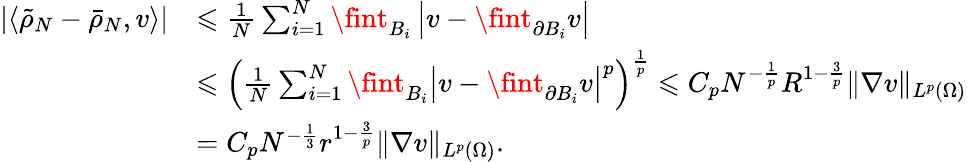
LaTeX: \begin{array}{rl}{|\langle\tilde{\rho}_{N}-\bar{\rho}_{N},v\rangle|}&{\leqslant\frac 1N\sum_{i=1}^{N}\fint_{B_{i}}\left|v-\fint_{\partial B_{i}}v\right|}\\ &{\leqslant\left(\frac 1N\sum_{i=1}^{N}\fint_{B_{i}}\left|v-\fint_{\partial B_{i}}v\right|^{p}\right)^{\frac 1p}\leqslant C_{p}N^{-\frac 1p}R^{1-\frac 3p}\| \nabla v\| _{L^{p}(\Omega)}}\\ &{=C_{p}N^{-\frac 13}r^{1-\frac 3p}\| \nabla v\| _{L^{p}(\Omega)}.}\end{array}